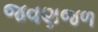
જવણજળ